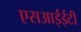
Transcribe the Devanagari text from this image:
एसआईईटी